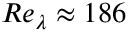
R e _ { \lambda } \approx 1 8 6